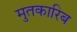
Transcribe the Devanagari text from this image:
मुतकारिब